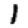
Digit: 1